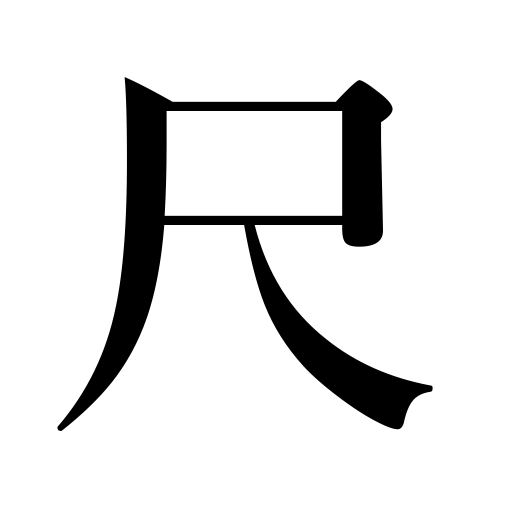
Meanings: scale,Japanese foot,measure,rule,length